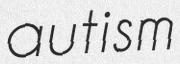
autism